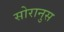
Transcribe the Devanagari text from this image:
सोरानुस